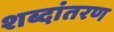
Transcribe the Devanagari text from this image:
शब्दांतरण